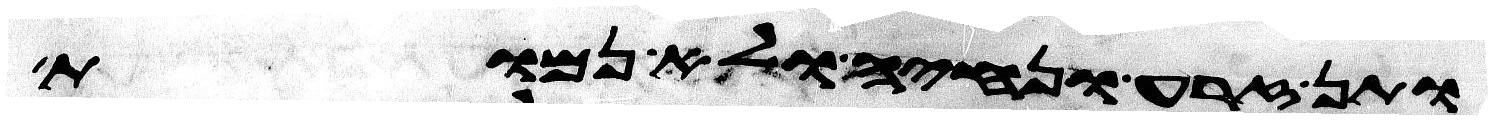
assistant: ותן זרע ונחיה ולא נמות